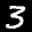
Label: 3